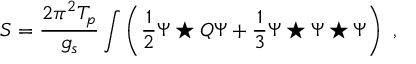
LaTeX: S = \frac { 2 \pi ^ { 2 } T _ { p } } { g _ { s } } \int \left( \frac { 1 } { 2 } \Psi \star Q \Psi + \frac { 1 } { 3 } \Psi \star \Psi \star \Psi \right) \ ,